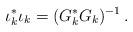
LaTeX: \begin{align*}\iota_{k}^{*}\iota_{k}=(G_{k}^{*}G_{k})^{-1}\,.\end{align*}